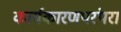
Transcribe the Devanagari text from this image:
कार्यकारणपरंपरा